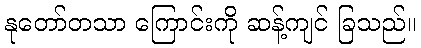
နုတော်တသာ ကြောင်းကို ဆန့်ကျင် ခြသည်။